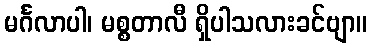
မင်္ဂလာပါ၊ မစ္စတာလီ ရှိပါသလားခင်ဗျာ။